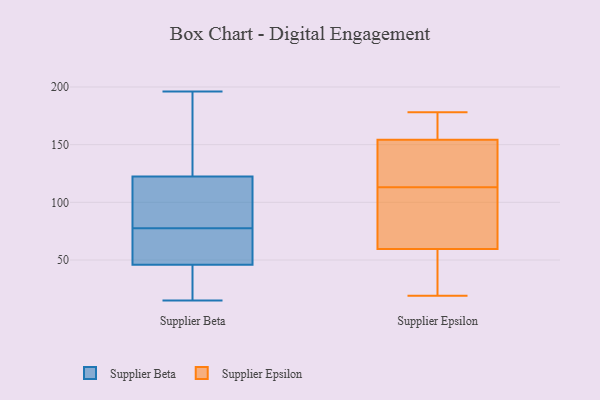
{"axis": {"x": "Production Output", "y": "Value"}, "legend": ["Supplier Beta", "Supplier Epsilon"], "data": [{"x": "", "y": 67, "type": "Supplier Beta"}, {"x": "", "y": 124, "type": "Supplier Beta"}, {"x": "", "y": 141, "type": "Supplier Beta"}, {"x": "", "y": 50, "type": "Supplier Beta"}, {"x": "", "y": 34, "type": "Supplier Beta"}, {"x": "", "y": 100, "type": "Supplier Beta"}, {"x": "", "y": 40, "type": "Supplier Beta"}, {"x": "", "y": 15, "type": "Supplier Beta"}, {"x": "", "y": 137, "type": "Supplier Beta"}, {"x": "", "y": 42, "type": "Supplier Beta"}, {"x": "", "y": 121, "type": "Supplier Beta"}, {"x": "", "y": 53, "type": "Supplier Beta"}, {"x": "", "y": 115, "type": "Supplier Beta"}, {"x": "", "y": 142, "type": "Supplier Beta"}, {"x": "", "y": 15, "type": "Supplier Beta"}, {"x": "", "y": 196, "type": "Supplier Beta"}, {"x": "", "y": 52, "type": "Supplier Beta"}, {"x": "", "y": 85, "type": "Supplier Beta"}, {"x": "", "y": 70, "type": "Supplier Beta"}, {"x": "", "y": 88, "type": "Supplier Beta"}, {"x": "", "y": 52, "type": "Supplier Epsilon"}, {"x": "", "y": 161, "type": "Supplier Epsilon"}, {"x": "", "y": 113, "type": "Supplier Epsilon"}, {"x": "", "y": 89, "type": "Supplier Epsilon"}, {"x": "", "y": 128, "type": "Supplier Epsilon"}, {"x": "", "y": 152, "type": "Supplier Epsilon"}, {"x": "", "y": 165, "type": "Supplier Epsilon"}, {"x": "", "y": 178, "type": "Supplier Epsilon"}, {"x": "", "y": 78, "type": "Supplier Epsilon"}, {"x": "", "y": 62, "type": "Supplier Epsilon"}, {"x": "", "y": 22, "type": "Supplier Epsilon"}, {"x": "", "y": 143, "type": "Supplier Epsilon"}, {"x": "", "y": 19, "type": "Supplier Epsilon"}]}